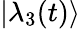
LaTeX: |\lambda_{3}(t)\rangle